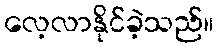
လေ့လာနိုင်ခဲ့သည်။